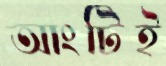
আংটিই